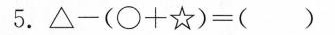
5.$$△ - ( \Box + ☆ ) =$$ ( )